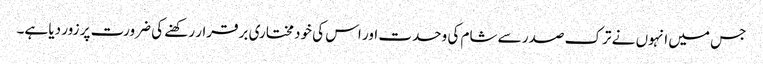
جس میں انہوں نے ترک صدر سے شام کی وحدت اور اس کی خود مختاری برقرار رکھنے کی ضرورت پر زور دیا ہے۔